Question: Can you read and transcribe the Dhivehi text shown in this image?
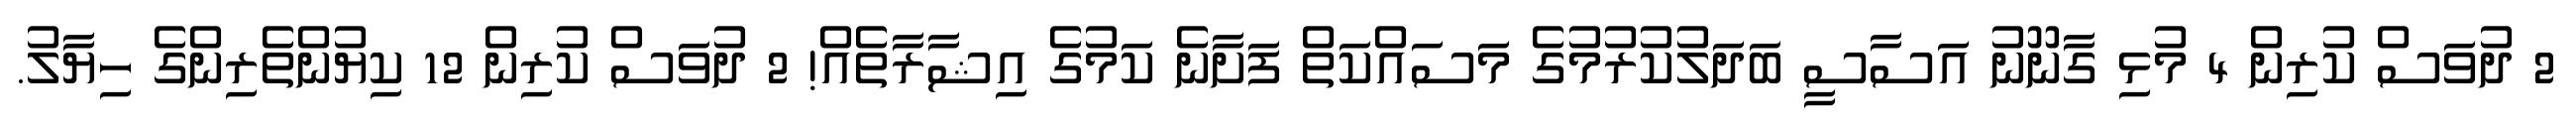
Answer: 2 ދުވަސް ކުރިން 4 މުޅި ގާނޫނު އަސާސީ ބަދަލުކުރުމުގެ މަސައްކަތް ފަށާނެ ކަމުގެ އިޝާރާތެއް! 2 ދުވަސް ކުރިން 12 ކިޔުންތެރިންގެ ހިޔާލު.